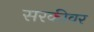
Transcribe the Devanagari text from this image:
सरकीवर